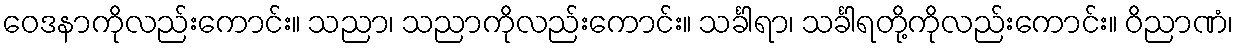
ဝေဒနာကိုလည်းကောင်း။ သညာ၊ သညာကိုလည်းကောင်း။ သင်္ခါရာ၊ သင်္ခါရတို့ကိုလည်းကောင်း။ ဝိညာဏံ၊